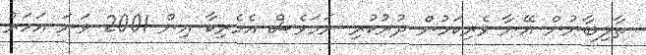
ތާލިބާނުން އޭނާ ވެރިކަމުން ދުރުކުރި ނަމަވެސް އެމެރިކާ އިން 2001 ވަނަ އަހަރު